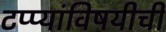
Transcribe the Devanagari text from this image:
टप्प्यांविषयीची